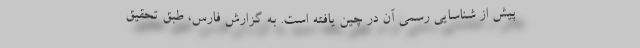
پیش از شناسایی رسمی آن در چین یافته است. به گزارش فارس، طبق تحقیق